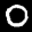
Label: 0